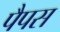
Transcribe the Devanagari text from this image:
पैपस